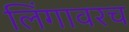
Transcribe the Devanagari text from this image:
लिंगावरच